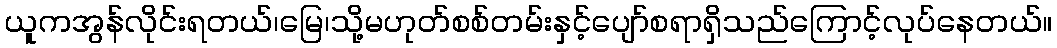
ယူကအွန်လိုင်းရတယ်၊မြေ၊သို့မဟုတ်စစ်တမ်းနှင့်ပျော်စရာရှိသည်ကြောင့်လုပ်နေတယ်။